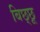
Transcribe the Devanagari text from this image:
बिछ्छू